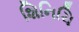
શિનિચિ